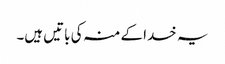
یہ خدا کے منہ کی باتیں ہیں۔